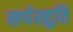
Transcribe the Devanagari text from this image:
सर्पस्तुति